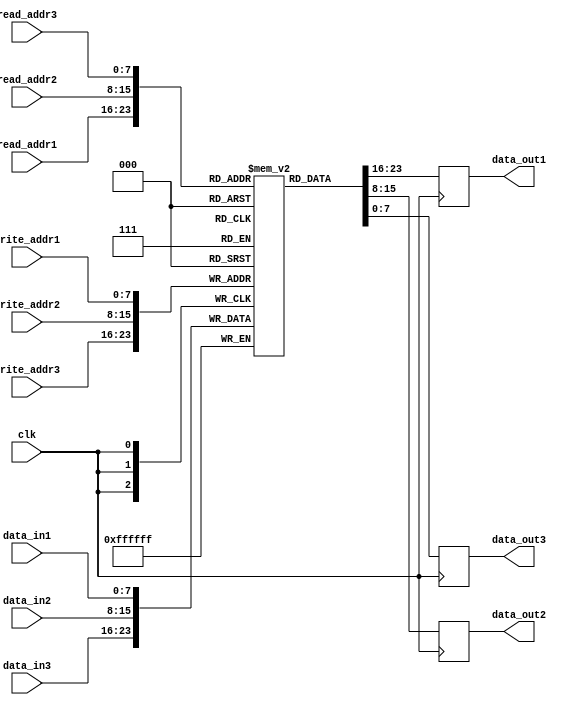
module triple_port_register_file (
  input clk,
  input [7:0] write_addr1,
  input [7:0] write_addr2,
  input [7:0] write_addr3,
  input [7:0] read_addr1,
  input [7:0] read_addr2,
  input [7:0] read_addr3,
  input [7:0] data_in1,
  input [7:0] data_in2,
  input [7:0] data_in3,
  output reg [7:0] data_out1,
  output reg [7:0] data_out2,
  output reg [7:0] data_out3
);

reg [7:0] mem [255:0]; // 256 memory blocks

always @(posedge clk) begin
  mem[write_addr1] <= data_in1;
  mem[write_addr2] <= data_in2;
  mem[write_addr3] <= data_in3;
  
  data_out1 <= mem[read_addr1];
  data_out2 <= mem[read_addr2];
  data_out3 <= mem[read_addr3];
end

endmodule